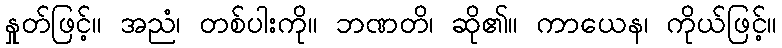
နှုတ်ဖြင့်။ အညံ၊ တစ်ပါးကို။ ဘဏတိ၊ ဆို၏။ ကာယေန၊ ကိုယ်ဖြင့်။